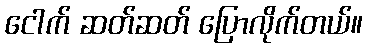
ငေါက် ဆတ်ဆတ် ပြောလိုက်တယ်။